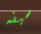
سيفه